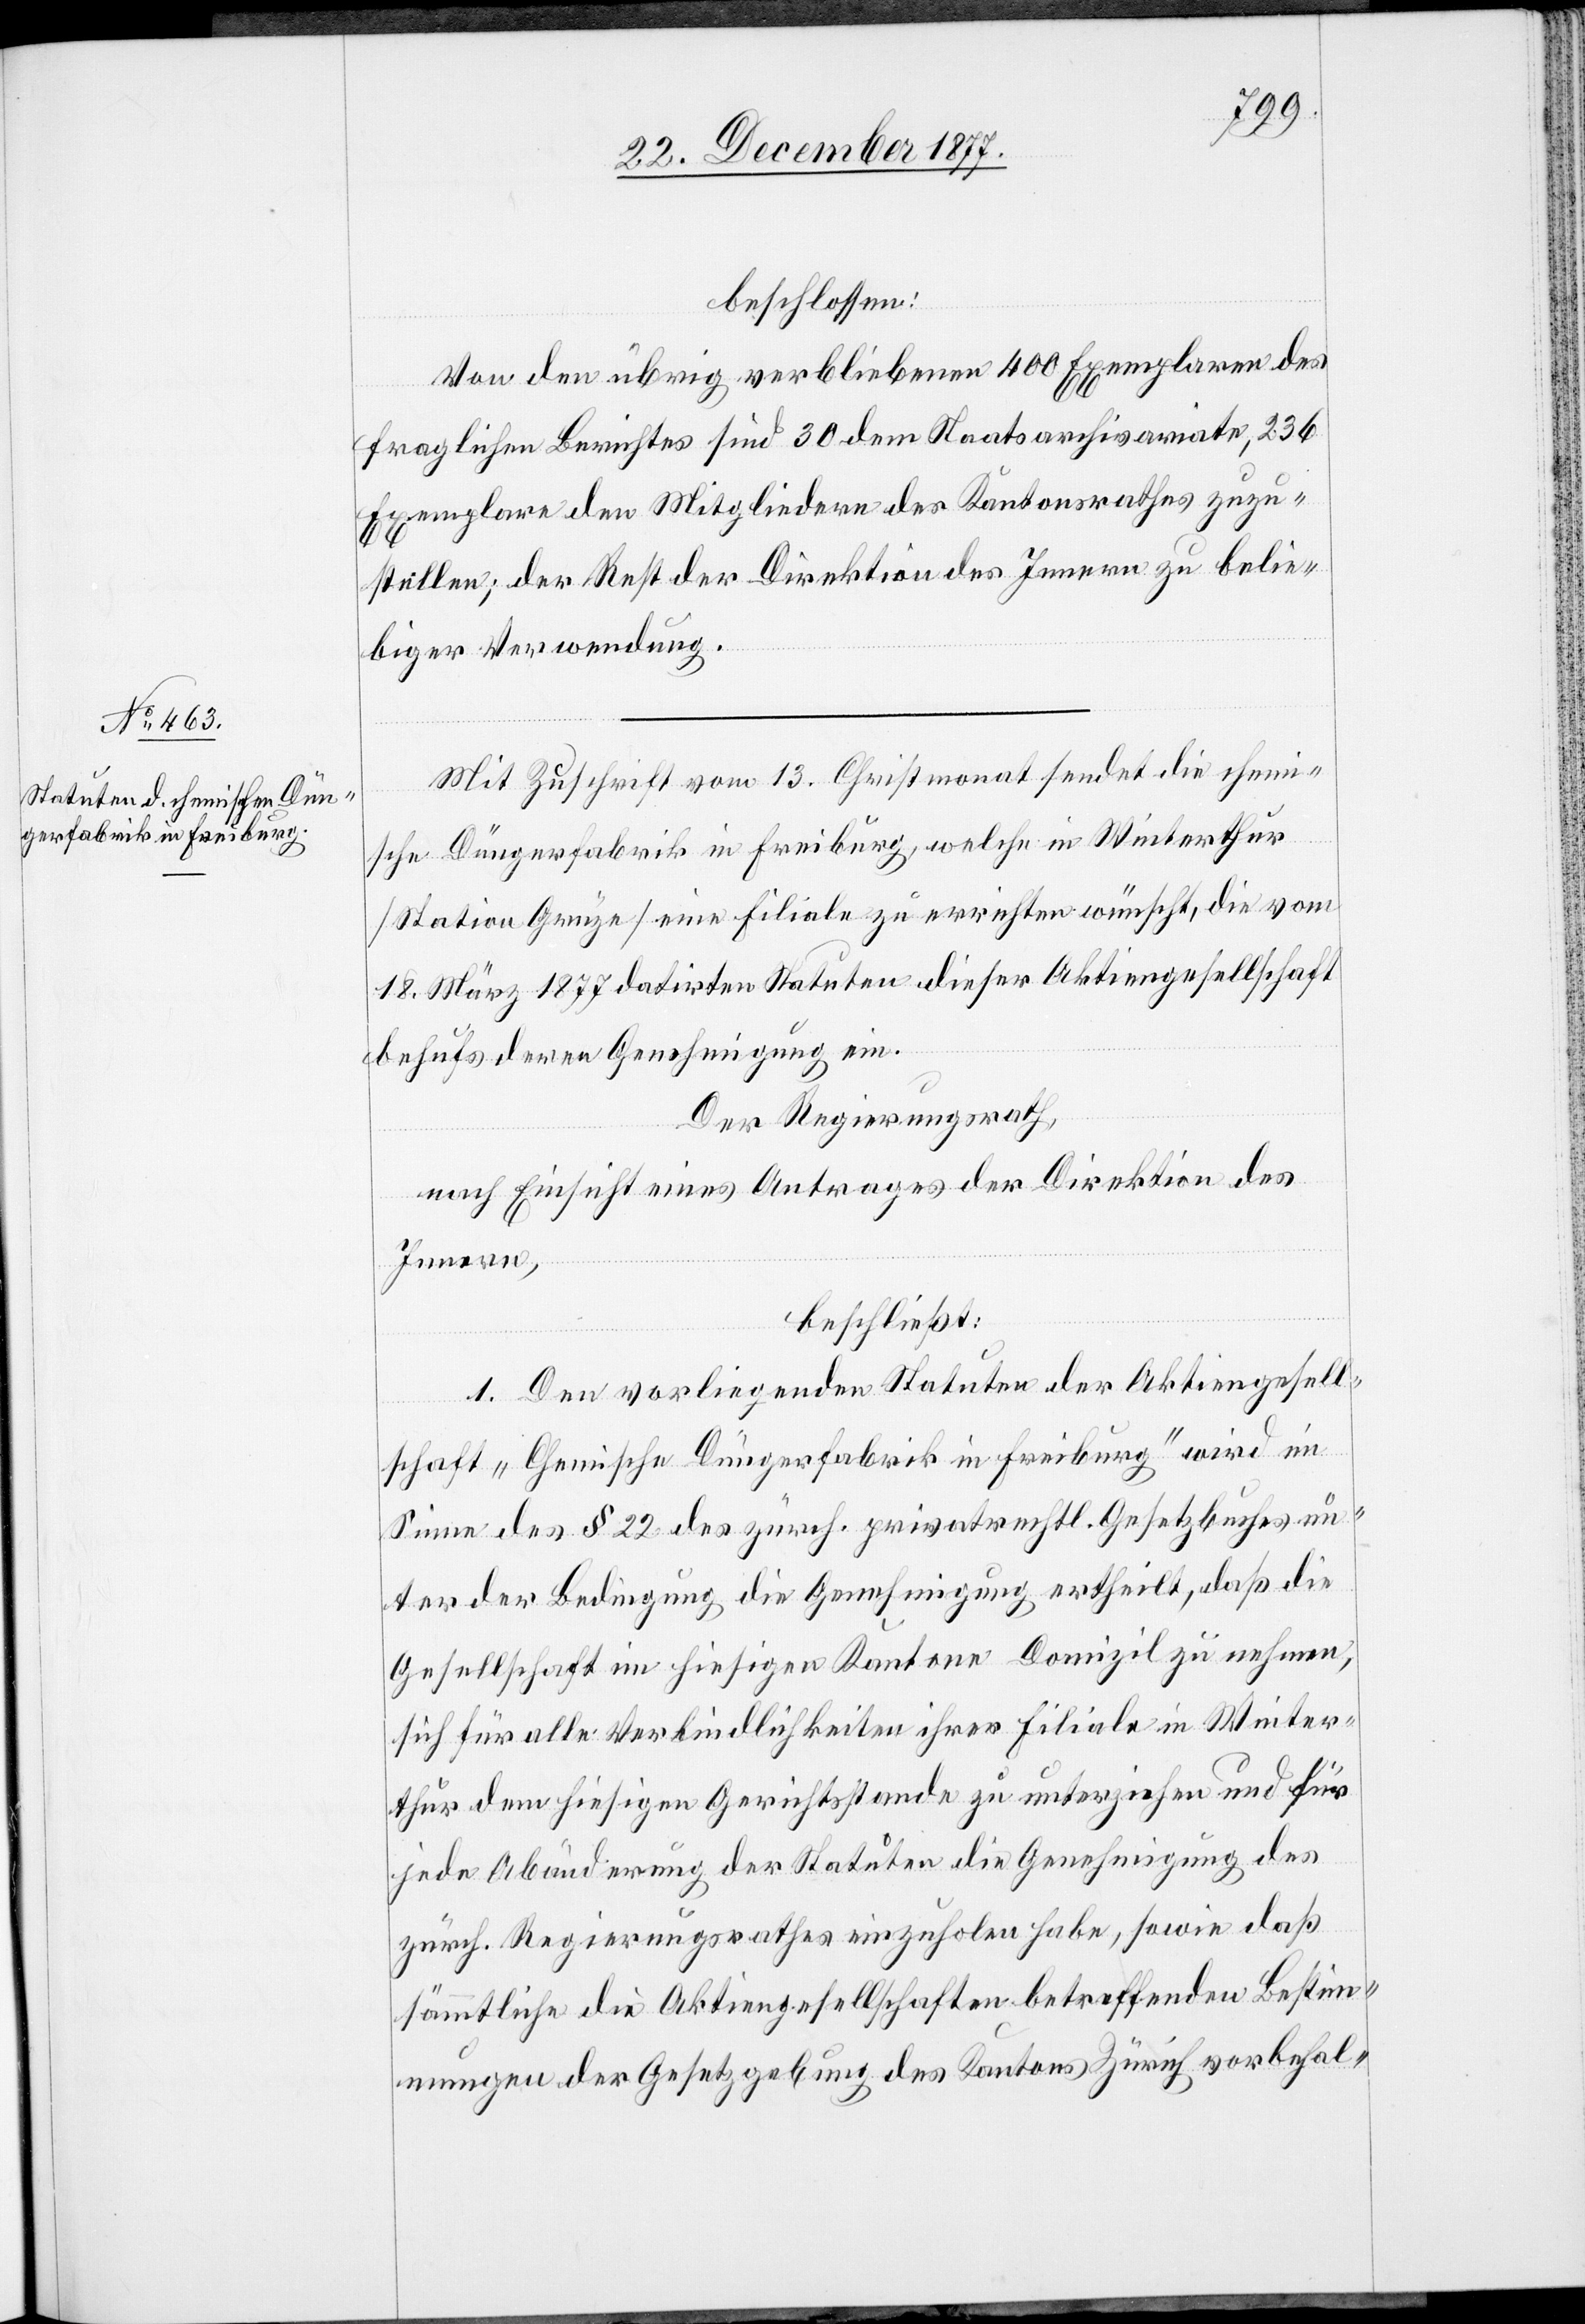
beschlossen:
Von den übrig verbliebenen 400 Exemplaren des
fraglichen Berichtes sind 30 dem Staatsarchivariate, 236
Exemplare den Mitgliedern des Kantonsrathes zuzu¬
stellen; der Rest der Direktion des Innern zu belie¬
biger Verwendung.
Mit Zuschrift vom 13. Christmonat sendet die chemi¬
sche Düngerfabrik in Freiburg, welche in Winterthur
[Station Grüze] eine Filiale zu errichten wünscht, die vom
18. März 1877 datirten Statuten dieser Aktiengesellschaft
behufs deren Genehmigung ein.
Der Regierungsrath,
nach Einsicht eines Antrages der Direktion des
Innern,
beschließt:
1. Den vorliegenden Statuten der Aktiengesell¬
schaft „Chemische Düngerfabrik in Freiburg“ wird im
Sinne des § 22 des zürch. privatrechtl. Gesetzbuches un¬
ter der Bedingung die Genehmigung ertheilt, daß die
Gesellschaft im hiesigen Kantone Domizil zu nehmen,
sich für alle Verbindlichkeiten ihrer Filiale in Winter¬
thur dem hiesigen Gerichtsstande zu unterziehen und für
jede Abänderung der Statuten die Genehmigung des
zürch. Regierungsrathes einzuholen habe, sowie daß
sämmtliche die Aktiengesellschaften betreffenden Bestim¬
mungen der Gesetzgebung des Kantons Zürich vorbehal-